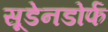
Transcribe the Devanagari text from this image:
सूडेनडोर्फ